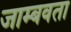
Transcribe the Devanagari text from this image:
जाम्बवता